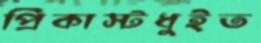
প্রিকাস্টধুইত